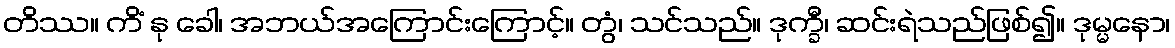
တိဿ။ ကိံ နု ခေါ၊ အဘယ်အကြောင်းကြောင့်။ တွံ၊ သင်သည်။ ဒုက္ခီ၊ ဆင်းရဲသည်ဖြစ်၍။ ဒုမ္မနော၊